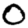
Digit: 0